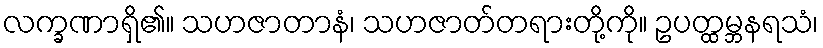
လက္ခဏာရှိ၏။ သဟဇာတာနံ၊ သဟဇာတ်တရားတို့ကို။ ဥပတ္ထမ္ဘနရသံ၊